Source: Computer-generated
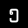
Digit: ၅ (5)